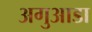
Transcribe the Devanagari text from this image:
अगुआडा